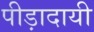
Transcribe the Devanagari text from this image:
पीड़ादायी